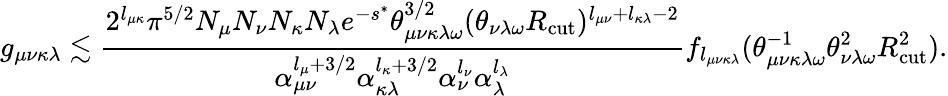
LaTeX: g_{\mu\nu\kappa\lambda}\lesssim\frac{2^{l_{\mu\kappa}}\pi^{5/2}N_{\mu}N_{\nu}N_{\kappa}N_{\lambda}e^{-s^{*}}\theta_{\mu\nu\kappa\lambda\omega}^{3/2}(\theta_{\nu\lambda\omega}R_{\mathrm{cut}})^{l_{\mu\nu}+l_{\kappa\lambda}-2}}{\alpha_{\mu\nu}^{l_{\mu}+3/2}\alpha_{\kappa\lambda}^{l_{\kappa}+3/2}\alpha_{\nu}^{l_{\nu}}\alpha_{\lambda}^{l_{\lambda}}}f_{l_{\mu\nu\kappa\lambda}}(\theta_{\mu\nu\kappa\lambda\omega}^{-1}\theta_{\nu\lambda\omega}^{2}R_{\mathrm{cut}}^{2}).